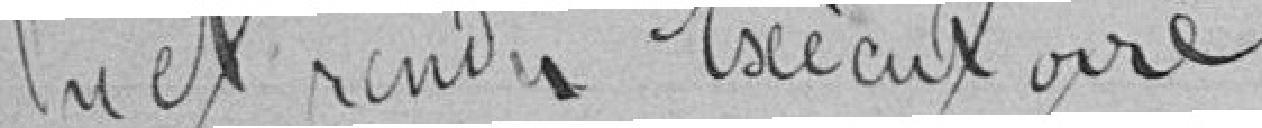
Vu et rendu Exécutoire